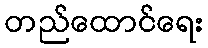
တည်ထောင်ရေး